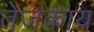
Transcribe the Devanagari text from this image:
तेजकाय